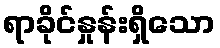
ရာခိုင်နှုန်းရှိသော